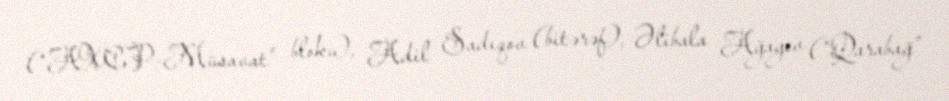
(“AXCP-Müsavat” bloku), Adil Sadıqov (bitərəf), Əlibala Ağayev (“Qarabağ”